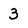
Character: 3